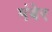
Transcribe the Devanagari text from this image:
मंबेर